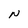
Character: N